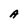
Character: A